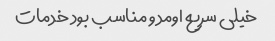
خیلی‌ سریع اومد و مناسب بود خدمات